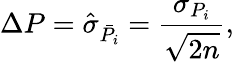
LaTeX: \Delta P=\hat{\sigma}_{\bar{P_{i}}}=\frac{\sigma_{P_{i}}}{\sqrt{2n}},